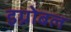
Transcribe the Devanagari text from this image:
इग्नोबल